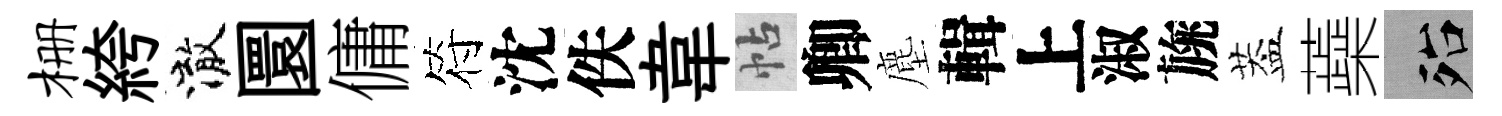
栅絝澈圜傭符沈佚韋帖卿塵輯上淑旐葢蘃殆